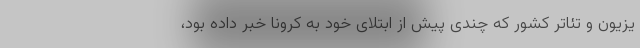
یزیون‌ و تئاتر کشور که چندی پیش از ابتلای خود به کرونا خبر داده بود،